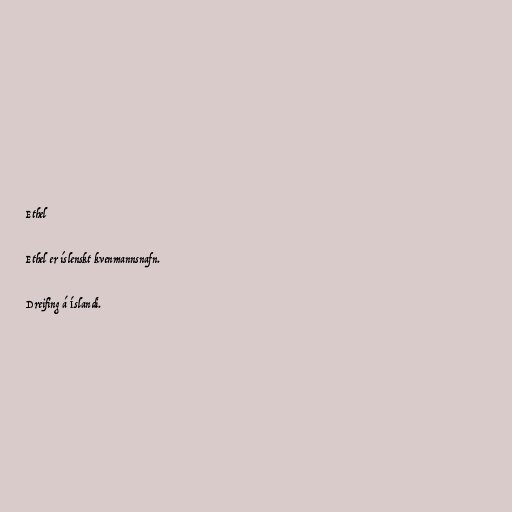
Ethel

Ethel er íslenskt kvenmannsnafn.

Dreifing á Íslandi.